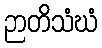
ဉာတိသံဃံ